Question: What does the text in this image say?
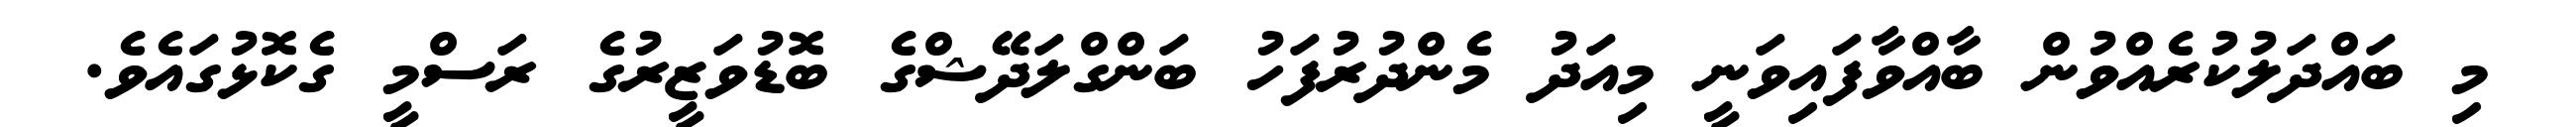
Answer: މި ބައްދަލުކުރެއްވުން ބާއްވާފައިވަނީ މިއަދު މެންދުރުފަހު ބަންގްލަދޭޝްގެ ބޮޑުވަޒީރުގެ ރަސްމީ ގެކޮޅުގައެވެ.